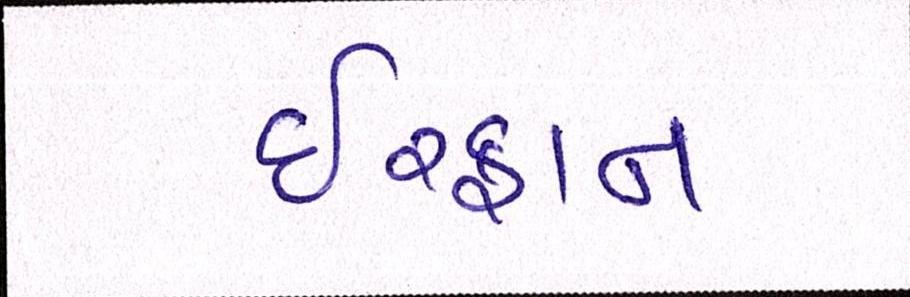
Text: ઈરફાન